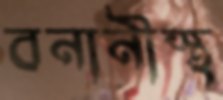
বনানীস্থ